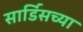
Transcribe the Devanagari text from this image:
सार्डिसच्या